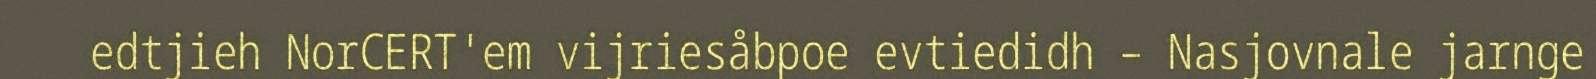
edtjieh NorCERT'em vijriesåbpoe evtiedidh – Nasjovnale jarnge